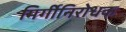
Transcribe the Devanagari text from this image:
मिर्गीनिरोधक